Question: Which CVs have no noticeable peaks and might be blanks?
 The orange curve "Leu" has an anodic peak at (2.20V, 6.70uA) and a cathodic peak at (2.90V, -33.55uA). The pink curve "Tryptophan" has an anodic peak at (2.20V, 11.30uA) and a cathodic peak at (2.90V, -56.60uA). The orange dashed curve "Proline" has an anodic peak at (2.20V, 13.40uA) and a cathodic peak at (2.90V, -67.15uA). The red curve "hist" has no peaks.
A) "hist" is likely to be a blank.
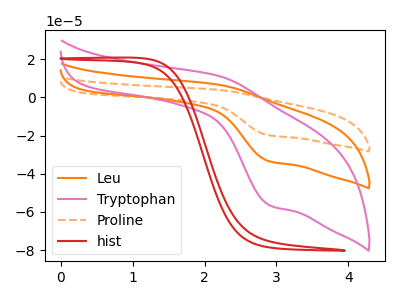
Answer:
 <answer>A) "hist" is likely to be a blank.</answer>
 <eval>A</eval>